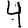
Digit: 4